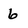
Character: 6